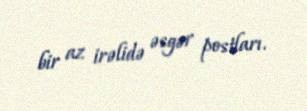
bir az irəlidə əsgər postları.